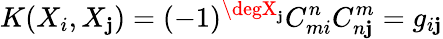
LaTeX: K(X_{i},X_{\mathbf{j}})=(-1)^{\degX_{\mathbf{j}}}C_{mi}^{n}C_{n\mathbf{j}}^{m}=g_{i\mathbf{j}}